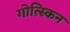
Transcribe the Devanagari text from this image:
गोत्स्किन